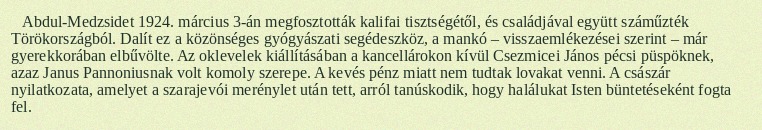
Abdul-Medzsidet 1924. március 3-án megfosztották kalifai tisztségétől, és családjával együtt száműzték Törökországból. Dalít ez a közönséges gyógyászati segédeszköz, a mankó – visszaemlékezései szerint – már gyerekkorában elbűvölte. Az oklevelek kiállításában a kancellárokon kívül Csezmicei János pécsi püspöknek, azaz Janus Pannoniusnak volt komoly szerepe. A kevés pénz miatt nem tudtak lovakat venni. A császár nyilatkozata, amelyet a szarajevói merénylet után tett, arról tanúskodik, hogy halálukat Isten büntetéseként fogta fel.